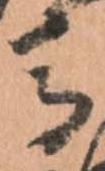
馬